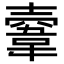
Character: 𩎲